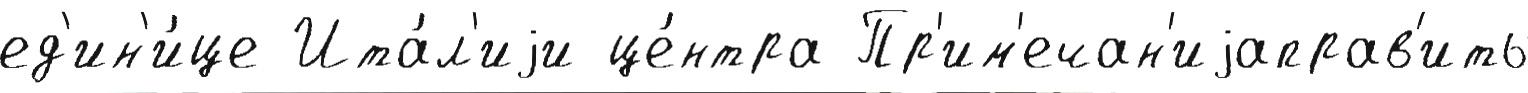
ед'ин'и́це Ита́л'иjи це́нтра Пр'им'ечан'иjаправ'ить